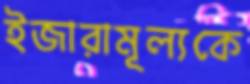
ইজারামূল্যকে